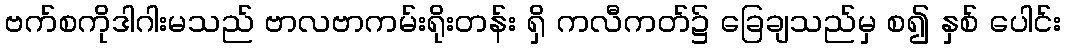
ဗက်စကိုဒါဂါးမသည် ဗာလဗာကမ်းရိုးတန်း ရှိ ကလီကတ်၌ ခြေချသည်မှ စ၍ နှစ် ပေါင်း